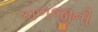
કાળજીની